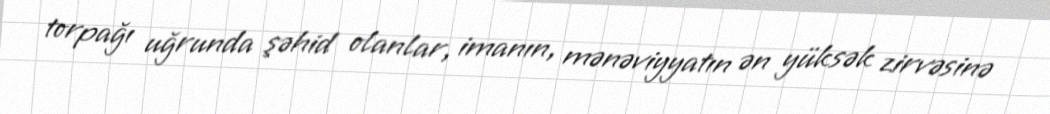
torpağı uğrunda şəhid olanlar, imanın, mənəviyyatın ən yüksək zirvəsinə